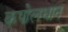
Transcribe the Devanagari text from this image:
कपोलधान